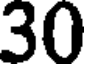
30